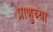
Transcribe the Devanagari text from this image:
प्राणुच्या